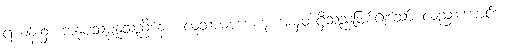
ရဟန်း၌။ အနုပသမ္ပန္နသညိနော၊ လူသာမဏေဟု အမှတ်ရှိသည်ဖြစ်၍သော် လည်းကောင်း။